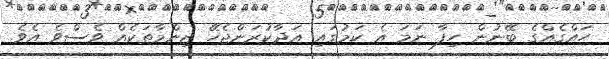
ހައްގެއްގެ ބޭނުން ހިފާ ނަމަ އެ ކަމުގައި އަދާކުރަންޖެހޭ ޒިންމާތަކެއް ވެސްވެ އެވެ.